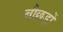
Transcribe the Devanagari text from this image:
बौछड़ों